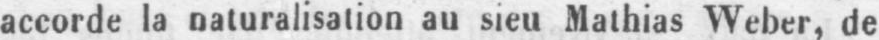
accorde la naturalisation au sieu Mathias Weber, de